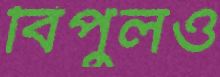
বিপুলও